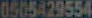
0505429554